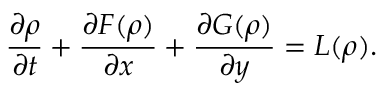
\frac { \partial \boldsymbol { \rho } } { \partial t } + \frac { \partial \boldsymbol { F } ( \boldsymbol { \rho } ) } { \partial x } + \frac { \partial \boldsymbol { G } ( \boldsymbol { \rho } ) } { \partial y } = \boldsymbol { L } ( \boldsymbol { \rho } ) .